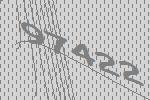
97422